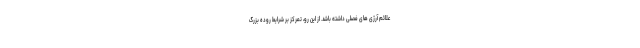
علائم آرژی های فصلی داشته باشد. از این رو، تمرکز بر شرایط روده بزرگ